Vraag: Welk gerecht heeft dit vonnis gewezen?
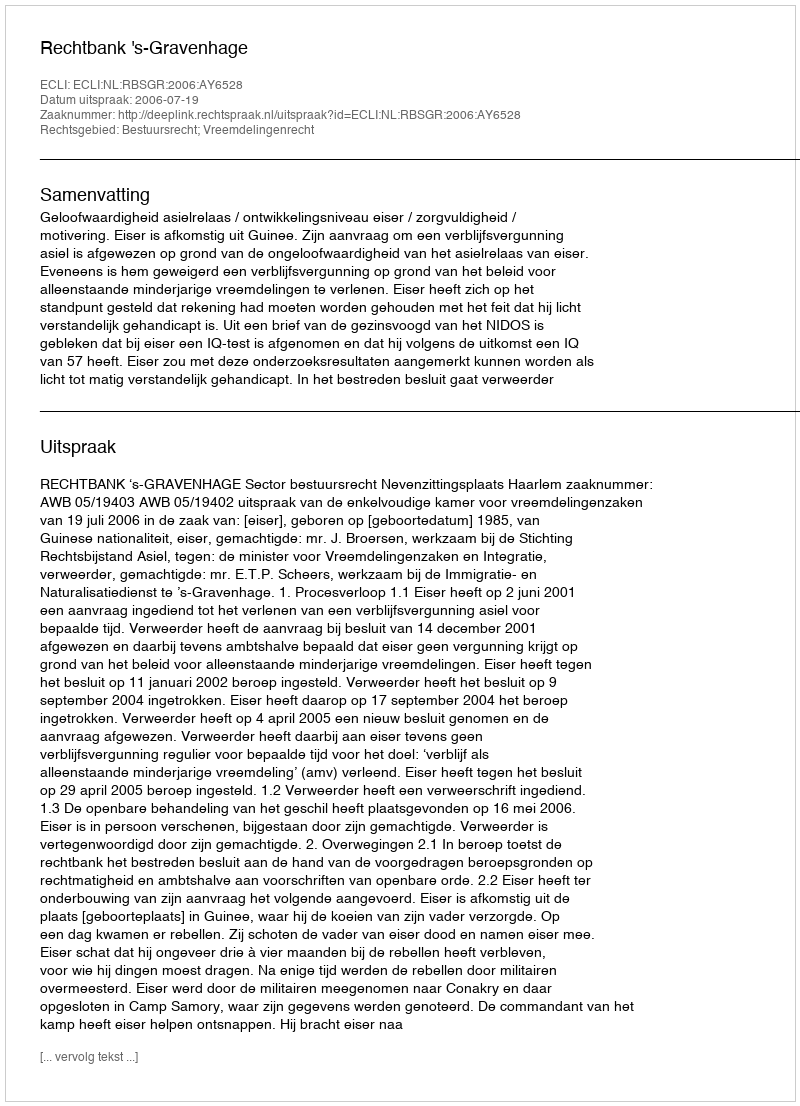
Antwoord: Rechtbank 's-Gravenhage